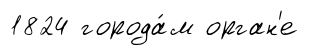
1824 города́м орган'е